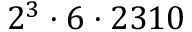
2 ^ { 3 } \cdot 6 \cdot 2 3 1 0